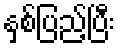
နှစ်ပြည့်ပြီး